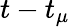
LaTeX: t-t_{\mu}